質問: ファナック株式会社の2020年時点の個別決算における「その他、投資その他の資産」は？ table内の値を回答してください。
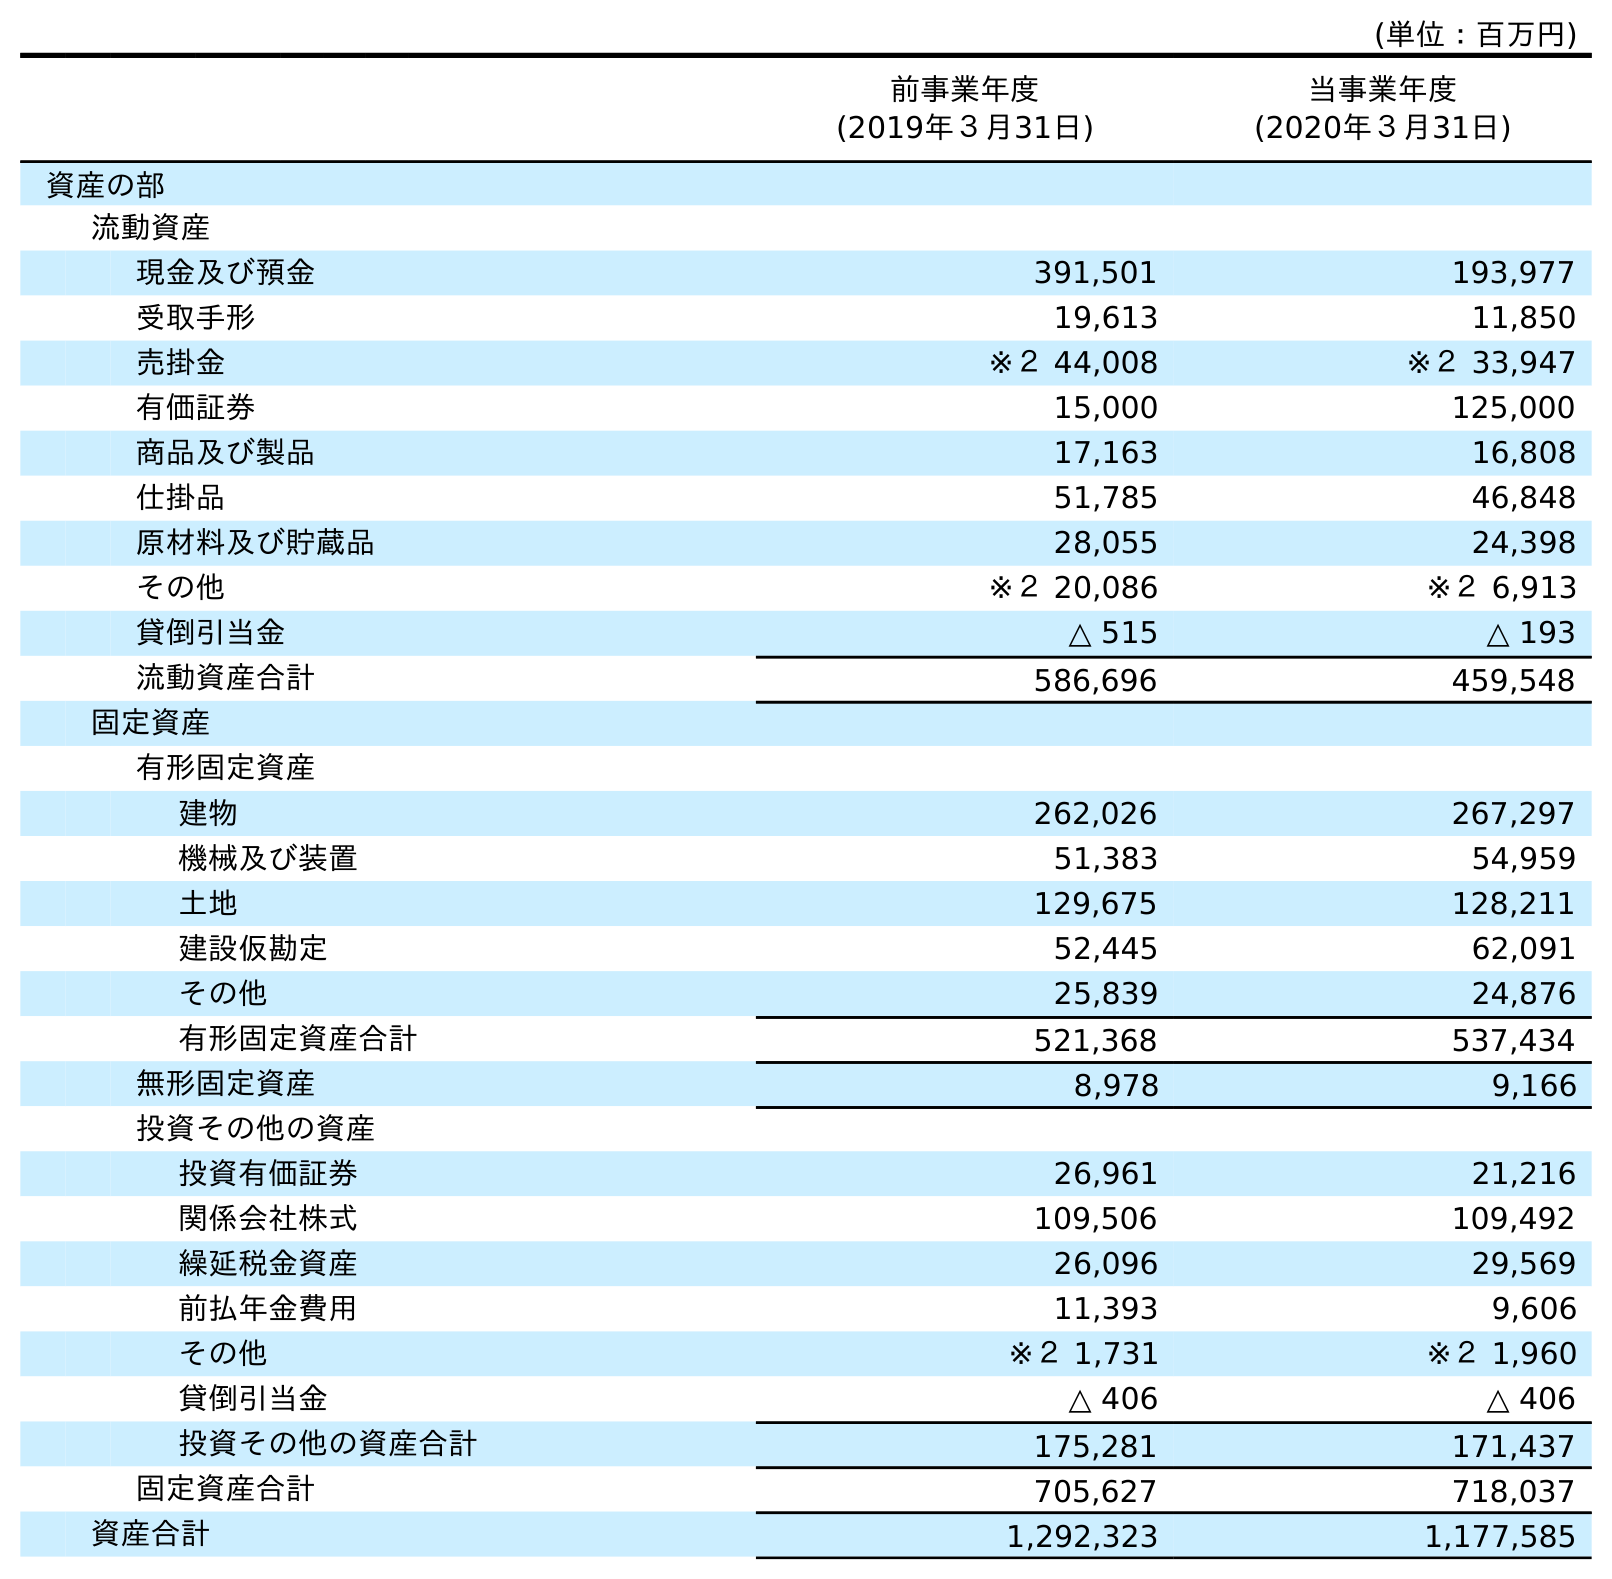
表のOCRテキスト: (単位：百万円) 前事業年度 (2019年３月31日) 当事業年度 (2020年３月31日) 資産の部 流動資産 現金及び預金 391,501 193,977 受取手形 19,613 11,850 売掛金 ※２ 44,008 ※２ 33,947 有価証券 15,000 125,000 商品及び製品 17,163 16,808 仕掛品 51,785 46,848 原材料及び貯蔵品 28,055 24,398 その他 ※２ 20,086 ※２ 6,913 貸倒引当金 △ 515 △ 193 流動資産合計 586,696 459,548 固定資産 有形固定資産 建物 262,026 267,297 機械及び装置 51,383 54,959 土地 129,675 128,211 建設仮勘定 52,445 62,091 その他 25,839 24,876 有形固定資産合計 521,368 537,434 無形固定資産 8,978 9,166 投資その他の資産 投資有価証券 26,961 21,216 関係会社株式 109,506 109,492 繰延税金資産 26,096 29,569 前払年金費用 11,393 9,606 その他 ※２ 1,731 ※２ 1,960 貸倒引当金 △ 406 △ 406 投資その他の資産合計 175,281 171,437 固定資産合計 705,627 718,037 資産合計 1,292,323 1,177,585
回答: ※２1,960